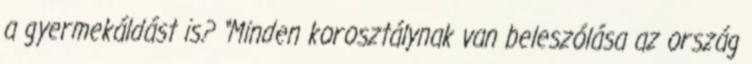
a gyermekáldást is? “Minden korosztálynak van beleszólása az ország